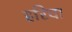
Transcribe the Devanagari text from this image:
हरिचा